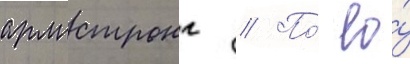
армстронг // По́ ео́